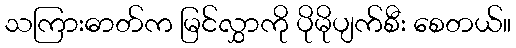
သကြားဓာတ်က မြင်လွှာကို ပိုမိုပျက်စီး စေတယ်။